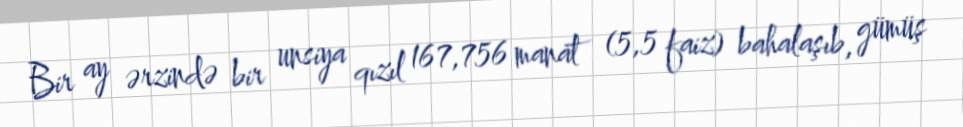
Bir ay ərzində bir unsiya qızıl 167,756 manat (5,5 faiz) bahalaşıb, gümüş